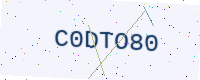
Text: C0DTO80